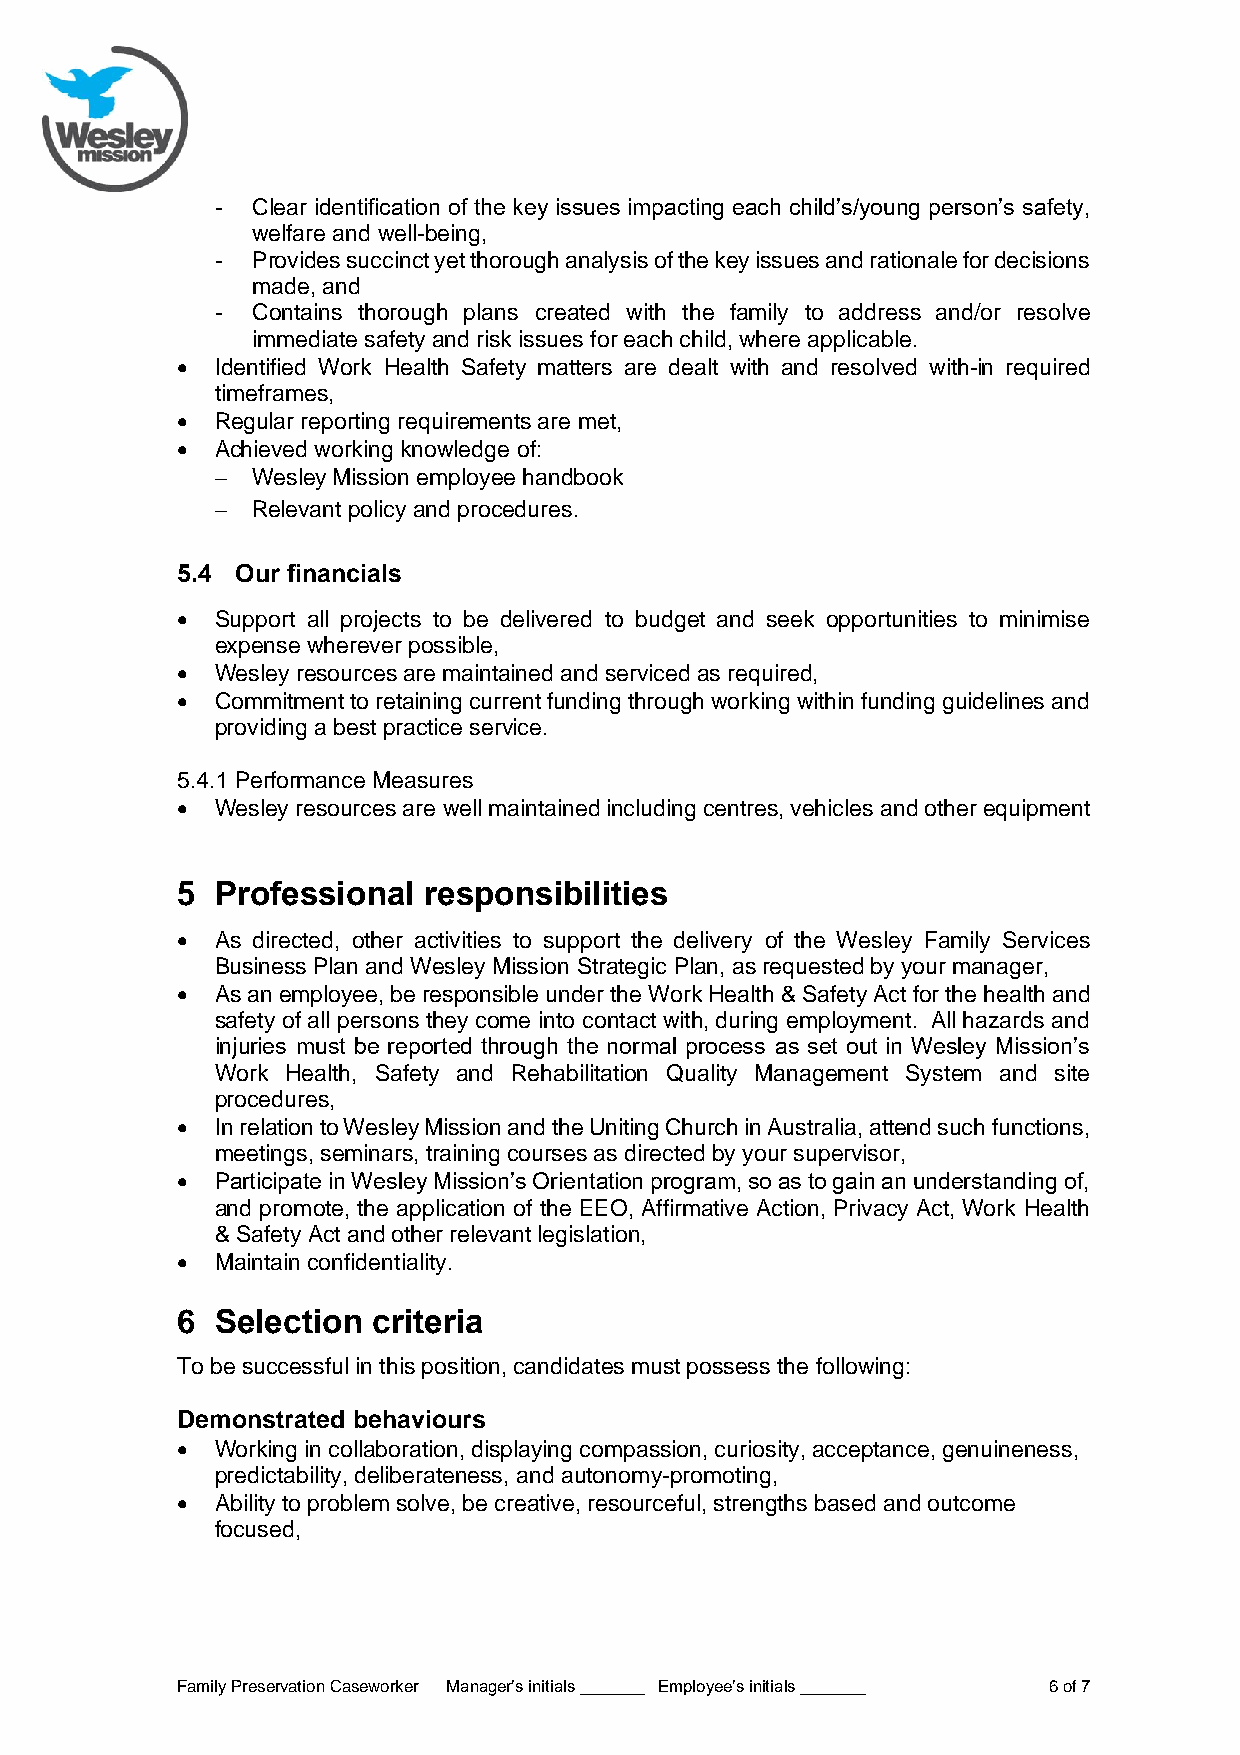
-  Clear identification of the key issues impacting each child’s/young person’s safety,
 welfare and well-being,
 -  Provides succinct yet thorough analysis of the key issues and rationale for decisions
 made, and
 -  Contains thorough plans created with the family to address and/or resolve
 immediate safety and risk issues for each child, where applicable.
 • Identified Work Health Safety matters are dealt with and resolved with-in required
 timeframes,
 • Regular reporting requirements are met,
 • Achieved working knowledge of:
 −  Wesley Mission employee handbook
 −  Relevant policy and procedures.
 5.4 Our financials
 • Support all projects to be delivered to budget and seek opportunities to minimise
 expense wherever possible,
 • Wesley resources are maintained and serviced as required,
 • Commitment to retaining current funding through working within funding guidelines and
 providing a best practice service.
 5.4.1 Performance Measures
 • Wesley resources are well maintained including centres, vehicles and other equipment
 5 Professional  responsibilities
 • As directed, other activities to support the delivery of the Wesley Family Services
 Business Plan and Wesley Mission Strategic Plan, as requested by your manager,
 • As an employee, be responsible under the Work Health & Safety Act for the health and
 safety of all persons they come into contact with, during employment. All hazards and
 injuries must be reported through the normal process as set out in Wesley Mission’s
 Work Health, Safety and Rehabilitation Quality Management System and site
 procedures,
 • In relation to Wesley Mission and the Uniting Church in Australia, attend such functions,
 meetings, seminars, training courses as directed by your supervisor,
 • Participate in Wesley Mission’s Orientation program, so as to gain an understanding of,
 and promote, the application of the EEO, Affirmative Action, Privacy Act, Work Health
 & Safety Act and other relevant legislation,
 • Maintain confidentiality.
 6 Selection  criteria
 To be successful in this position, candidates must possess the following:
 Demonstrated behaviours
 • Working in collaboration, displaying compassion, curiosity, acceptance, genuineness,
 predictability, deliberateness, and autonomy-promoting,
 • Ability to problem solve, be creative, resourceful, strengths based and outcome
 focused,
 Family Preservation Caseworker Manager’s initials _______ Employee’s initials _______ 6 of 7